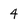
Character: 4